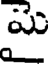
మై